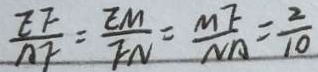
\frac { E F } { A F } = \frac { E M } { F N } = \frac { M F } { N A } = \frac { 2 } { 1 0 }